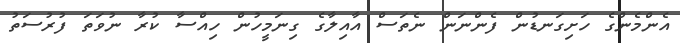
އެންމެންގެ ހަށިގަނޑުން ފެންނަން ނެތަސް އާއިލާގެ ގިނަމީހުން ހިއްސާ ކުރާ ނުވަތަ ފުރުސަތު